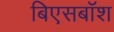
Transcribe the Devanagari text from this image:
बिएसबॉश